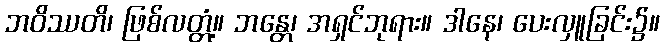
ဘဝိဿတိ၊ ဖြစ်လတ္တံ့။ ဘန္တေ၊ အရှင်ဘုရား။ ဒါနေ၊ ပေးလှူခြင်း၌။